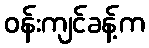
ဝန်းကျင်ခန့်က